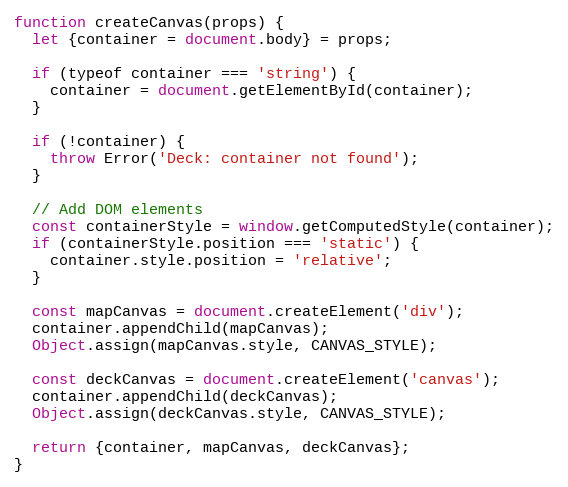
Language: JavaScript
function createCanvas(props) {
  let {container = document.body} = props;

  if (typeof container === 'string') {
    container = document.getElementById(container);
  }

  if (!container) {
    throw Error('Deck: container not found');
  }

  // Add DOM elements
  const containerStyle = window.getComputedStyle(container);
  if (containerStyle.position === 'static') {
    container.style.position = 'relative';
  }

  const mapCanvas = document.createElement('div');
  container.appendChild(mapCanvas);
  Object.assign(mapCanvas.style, CANVAS_STYLE);

  const deckCanvas = document.createElement('canvas');
  container.appendChild(deckCanvas);
  Object.assign(deckCanvas.style, CANVAS_STYLE);

  return {container, mapCanvas, deckCanvas};
}